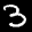
Label: 3